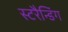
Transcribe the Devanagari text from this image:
स्टरैन्डिंग